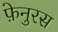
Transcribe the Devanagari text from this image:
फ़ेनुरस